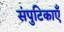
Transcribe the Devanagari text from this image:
संपुटिकाएँ